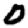
Digit: 0